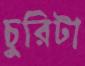
চুরিটা